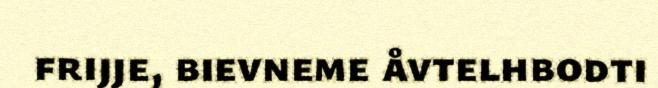
frijje, bievneme åvtelhbodti